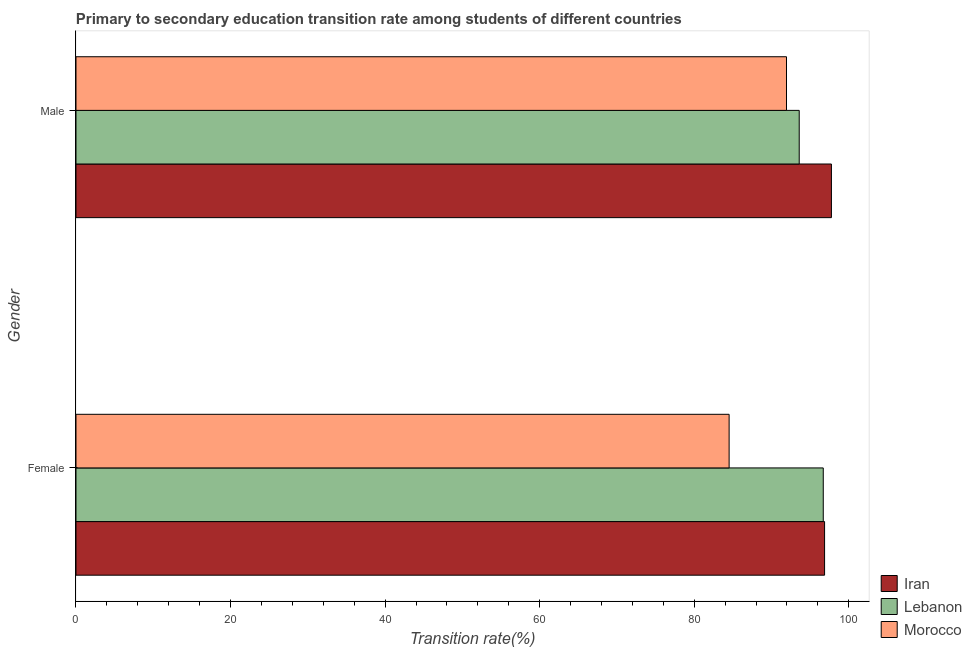
| Gender | Iran | Lebanon | Morocco |
 | --- | --- | --- | --- |
 | Female | 96.9 | 96.7 | 84.5 |
 | Male | 97.8 | 93.6 | 91.9 |